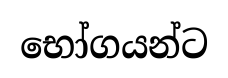
භෝගයන්ට